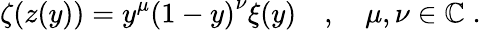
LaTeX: \zeta\! \left(z(y)\right)=y^{\mu}\left(1-y\right)^{\nu}\xi(y)\quad,\quad\mu,\nu\in\mathbb{C}\; .